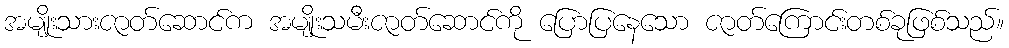
အမျိုးသားဇာတ်ဆောင်က အမျိုးသမီးဇာတ်ဆောင်ကို ပြောပြနေသော ဇာတ်ကြောင်းတစ်ခုဖြစ်သည်။